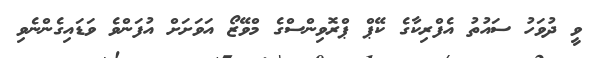
ވީ ދުވަހު ސައުތު އެފްރިކާގެ ކޭޕް ޕްރޮވިންސްގެ މްވޭޒޯ އަވަށަށް އުފަންވެ ވަޑައިގެންނެވި